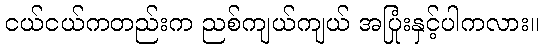
ငယ်ငယ်ကတည်းက ညစ်ကျယ်ကျယ် အပြုံးနှင့်ပါကလား။